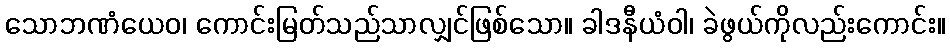
သောဘဏံယေဝ၊ ကောင်းမြတ်သည်သာလျှင်ဖြစ်သော။ ခါဒနီယံဝါ၊ ခဲဖွယ်ကိုလည်းကောင်း။